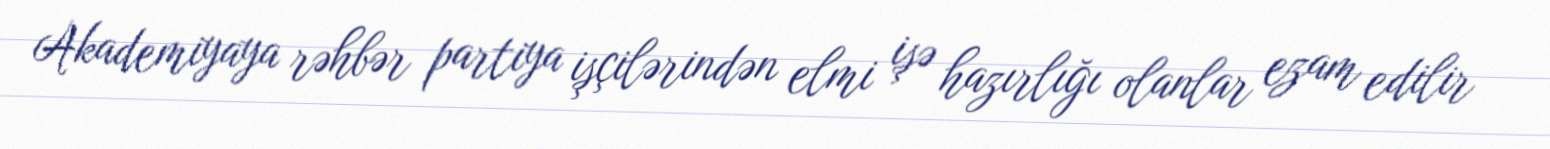
Akademiyaya rəhbər partiya işçilərindən elmi işə hazırlığı olanlar ezam edilir